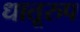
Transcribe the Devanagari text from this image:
धातूरुप